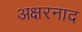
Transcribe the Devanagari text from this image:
अक्षरनाद